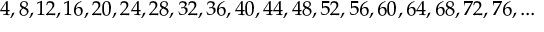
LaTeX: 4 , 8 , 1 2 , 1 6 , 2 0 , 2 4 , 2 8 , 3 2 , 3 6 , 4 0 , 4 4 , 4 8 , 5 2 , 5 6 , 6 0 , 6 4 , 6 8 , 7 2 , 7 6 , . . .